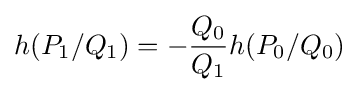
h(P_{1}/Q_{1})=-{\frac {Q_{0}}{Q_{1}}}h(P_{0}/Q_{0})